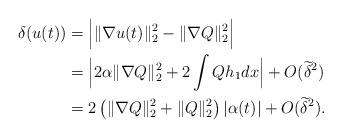
LaTeX: \begin{align*} \delta(u(t)) & = \Big| \| \nabla u(t) \|_2^2 - \| \nabla Q \|_2^2 \Big| \\ &= \Big| 2 \alpha \| \nabla Q \|_2^2 +2 \int Q h_1 dx \Big| + O(\widetilde{\delta}^2) \\ & =2 \left( \| \nabla Q \|_2^2 + \| Q\|_2^2 \right) |\alpha(t)| + O(\widetilde{\delta}^2). \end{align*}